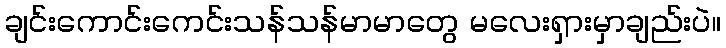
ချင်းကောင်းကေင်းသန်သန်မာမာတွေ မလေးရှားမှာချည်းပဲ။